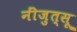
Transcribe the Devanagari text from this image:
नींजुत्सू